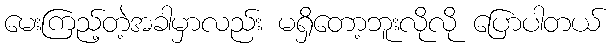
မေးကြည့်တဲ့အခါမှာလည်း မရှိတော့ဘူးလိုလို ပြောပါတယ်